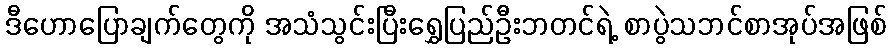
ဒီဟောပြောချက်တွေကို အသံသွင်းပြီးရွှေပြည်ဦးဘတင်ရဲ့ စာပွဲသဘင်စာအုပ်အဖြစ်